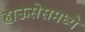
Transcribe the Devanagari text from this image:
हाऊसेसमध्ये